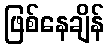
ဖြစ်နေချိန်